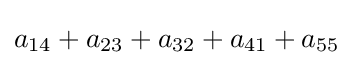
a_{14}+a_{23}+a_{32}+a_{41}+a_{55}